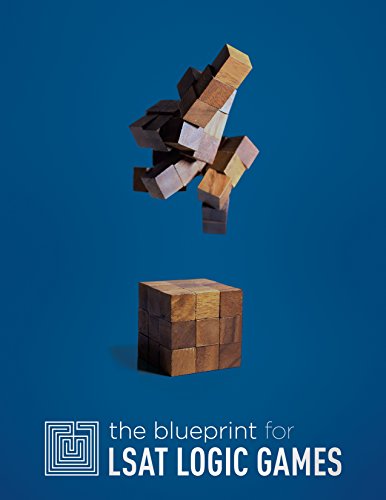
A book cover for The Blueprint for LSAT Logic Games; Blueprint LSAT Preparation; Test Preparation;